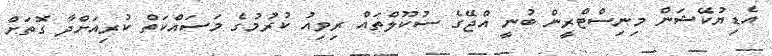
އެޑިޔުކޭޝަން މިނިސްޓްރީން ބުނީ އްޖޭގެ ސުކޫލްތައް ރިވިއު ކުރުމުގެ މަސައްކަތް ކުރިއަށްދާ ގޮތަށް